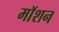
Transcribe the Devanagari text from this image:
माॅशन